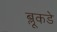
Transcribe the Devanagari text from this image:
ब्लूकडे